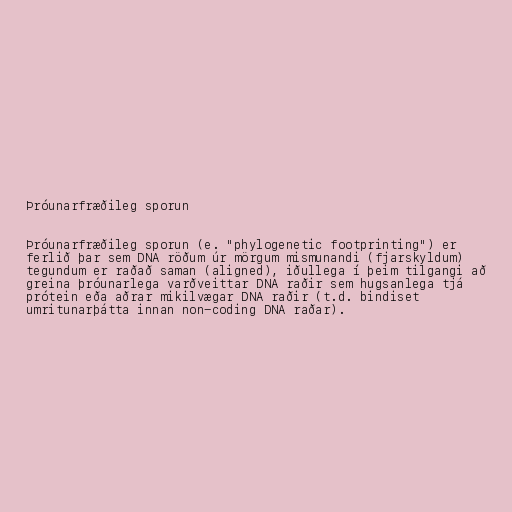
Þróunarfræðileg sporun

Þróunarfræðileg sporun (e. "phylogenetic footprinting") er
ferlið þar sem DNA röðum úr mörgum mismunandi (fjarskyldum)
tegundum er raðað saman (aligned), iðullega í þeim tilgangi að
greina þróunarlega varðveittar DNA raðir sem hugsanlega tjá
prótein eða aðrar mikilvægar DNA raðir (t.d. bindiset
umritunarþátta innan non-coding DNA raðar).